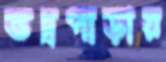
ভদ্রপাড়ায়